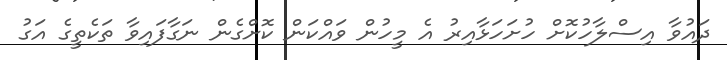
ދައުވާ އިސްލާހުކޮށް ހުށަހަޅާއިރު އެ މީހުން ވައްކަން ކޮށްގެން ނަގާފައިވާ ތަކެތީގެ އަގު